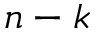
n - k